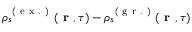
\rho _ { s } ^ { \mathrm { ~ ( ~ e ~ x ~ . ~ ) ~ } } ( \textbf { r } , \tau ) - \rho _ { s } ^ { \mathrm { ~ ( ~ g ~ r ~ . ~ ) ~ } } ( \textbf { r } , \tau )